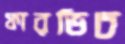
ফারভিচ